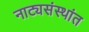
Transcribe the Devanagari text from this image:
नाट्यसंस्थांत